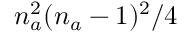
n _ { a } ^ { 2 } ( n _ { a } - 1 ) ^ { 2 } / 4